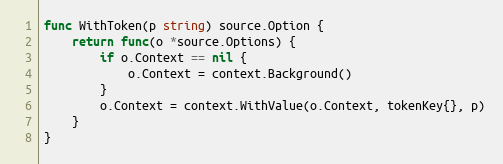
Language: Go
func WithToken(p string) source.Option {
	return func(o *source.Options) {
		if o.Context == nil {
			o.Context = context.Background()
		}
		o.Context = context.WithValue(o.Context, tokenKey{}, p)
	}
}